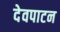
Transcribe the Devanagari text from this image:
देवपाटन